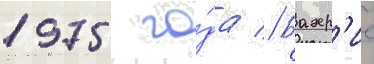
1975 го́да // Бахр'ие